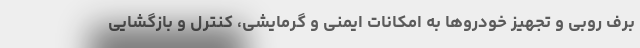
برف روبی و تجهیز خودروها به امکانات ایمنی و گرمایشی، کنترل و بازگشایی